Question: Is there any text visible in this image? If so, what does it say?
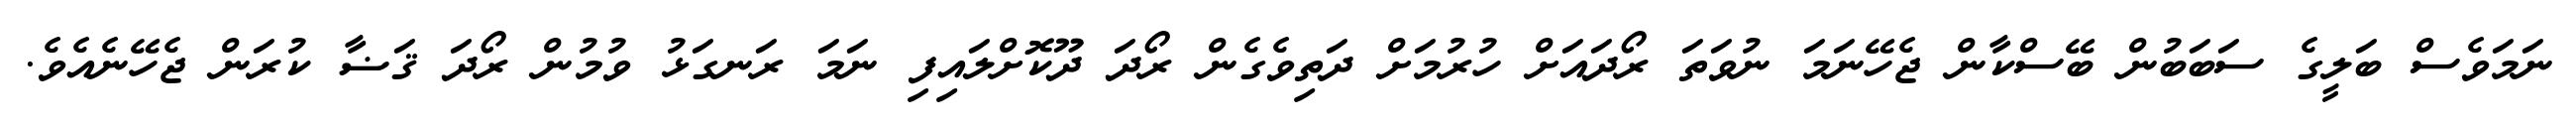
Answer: ނަމަވެސް ބަލީގެ ސަބަބުން ބޭސްކާން ޖެހޭނަމަ ނުވަތަ ރޯދައަށް ހުރުމަށް ދަތިވެގެން ރޯދަ ދޫކޮށްލައިފި ނަމަ ރަނގަޅު ވުމުން ރޯދަ ޤަޟާ ކުރަން ޖެހޭނެއެވެ.